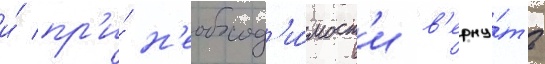
и́ пр'и́ н'еобход'и́мост'и в'ерну́ть